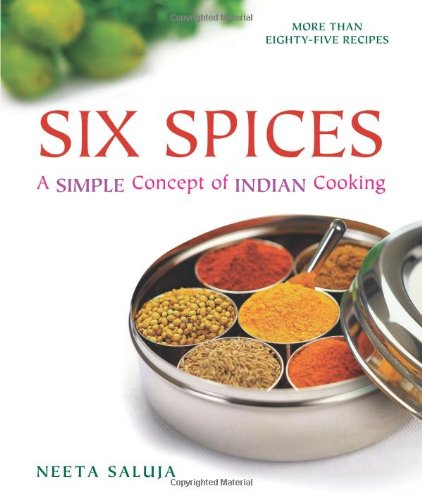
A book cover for Six Spices: A Simple Concept of Indian Cooking; Neeta Saluja; Cookbooks, Food & Wine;